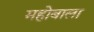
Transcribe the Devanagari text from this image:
महोबाला